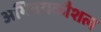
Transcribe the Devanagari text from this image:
अभिनयकौशल